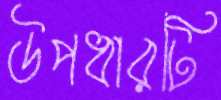
উপধারটি